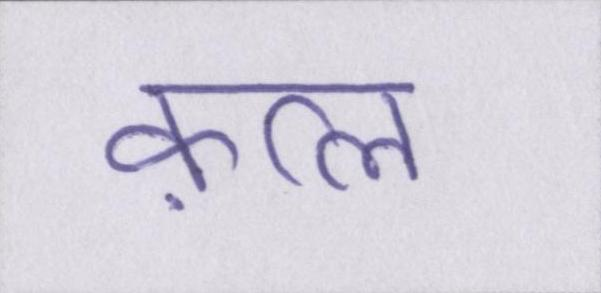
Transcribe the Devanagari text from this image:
क़त्ल